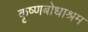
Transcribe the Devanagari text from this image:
कृष्णबोधाश्रम